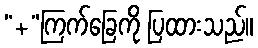
“+”ကြက်ခြေကို ပြထားသည်။